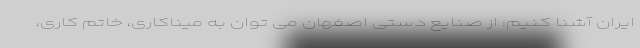
ایران آشنا کنیم: از صنایع دستی اصفهان می توان به میناکاری، خاتم کاری،